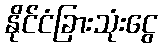
နိုင်ငံခြားသုံးငွေ